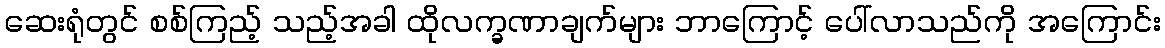
ဆေးရုံတွင် စစ်ကြည့် သည့်အခါ ထိုလက္ခဏာချက်များ ဘာကြောင့် ပေါ်လာသည်ကို အကြောင်း